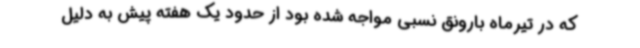
که در تیرماه بارونق نسبی مواجه شده بود از حدود یک هفته پیش به دلیل